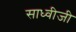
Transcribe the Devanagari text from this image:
साध्वीजी